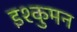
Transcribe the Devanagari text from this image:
इश्कुमन